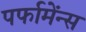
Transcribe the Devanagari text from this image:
पर्फामेंन्स